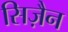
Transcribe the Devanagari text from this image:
सिज़ैन